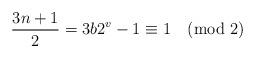
LaTeX: \begin{align*}\frac{3n+1}{2} = 3 b 2^v - 1 \equiv 1 \pmod{2} \end{align*}